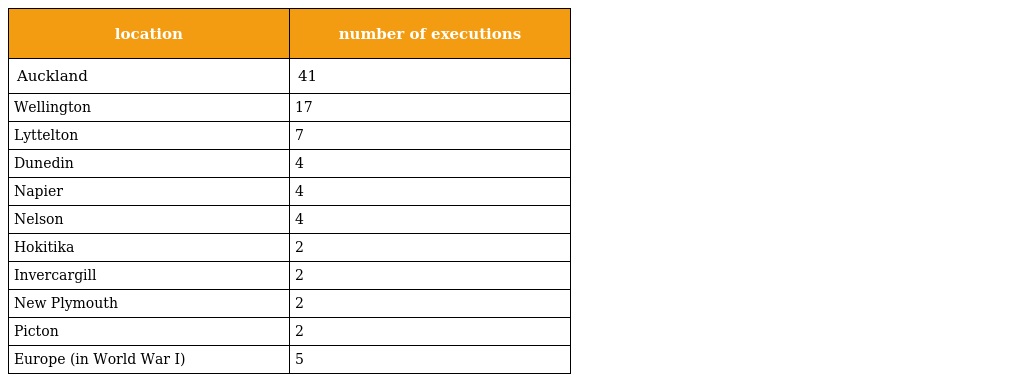
| location | number of executions |
 | --- | --- |
 | Auckland | 41 |
 | Wellington | 17 |
 | Lyttelton | 7 |
 | Dunedin | 4 |
 | Napier | 4 |
 | Nelson | 4 |
 | Hokitika | 2 |
 | Invercargill | 2 |
 | New Plymouth | 2 |
 | Picton | 2 |
 | Europe (in World War I) | 5 |